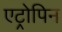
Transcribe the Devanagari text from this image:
एट्रोपिन